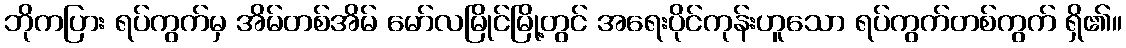
ဘိုကပြား ရပ်ကွက်မှ အိမ်တစ်အိမ် မော်လမြိုင်မြို့တွင် အရေးပိုင်ကုန်းဟူသော ရပ်ကွက်တစ်ကွက် ရှိ၏။